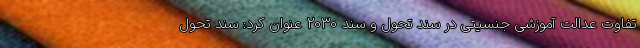
تفاوت عدالت آموزشی جنسیتی در سند تحول و سند 2030 عنوان کرد: سند تحول